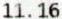
11.16